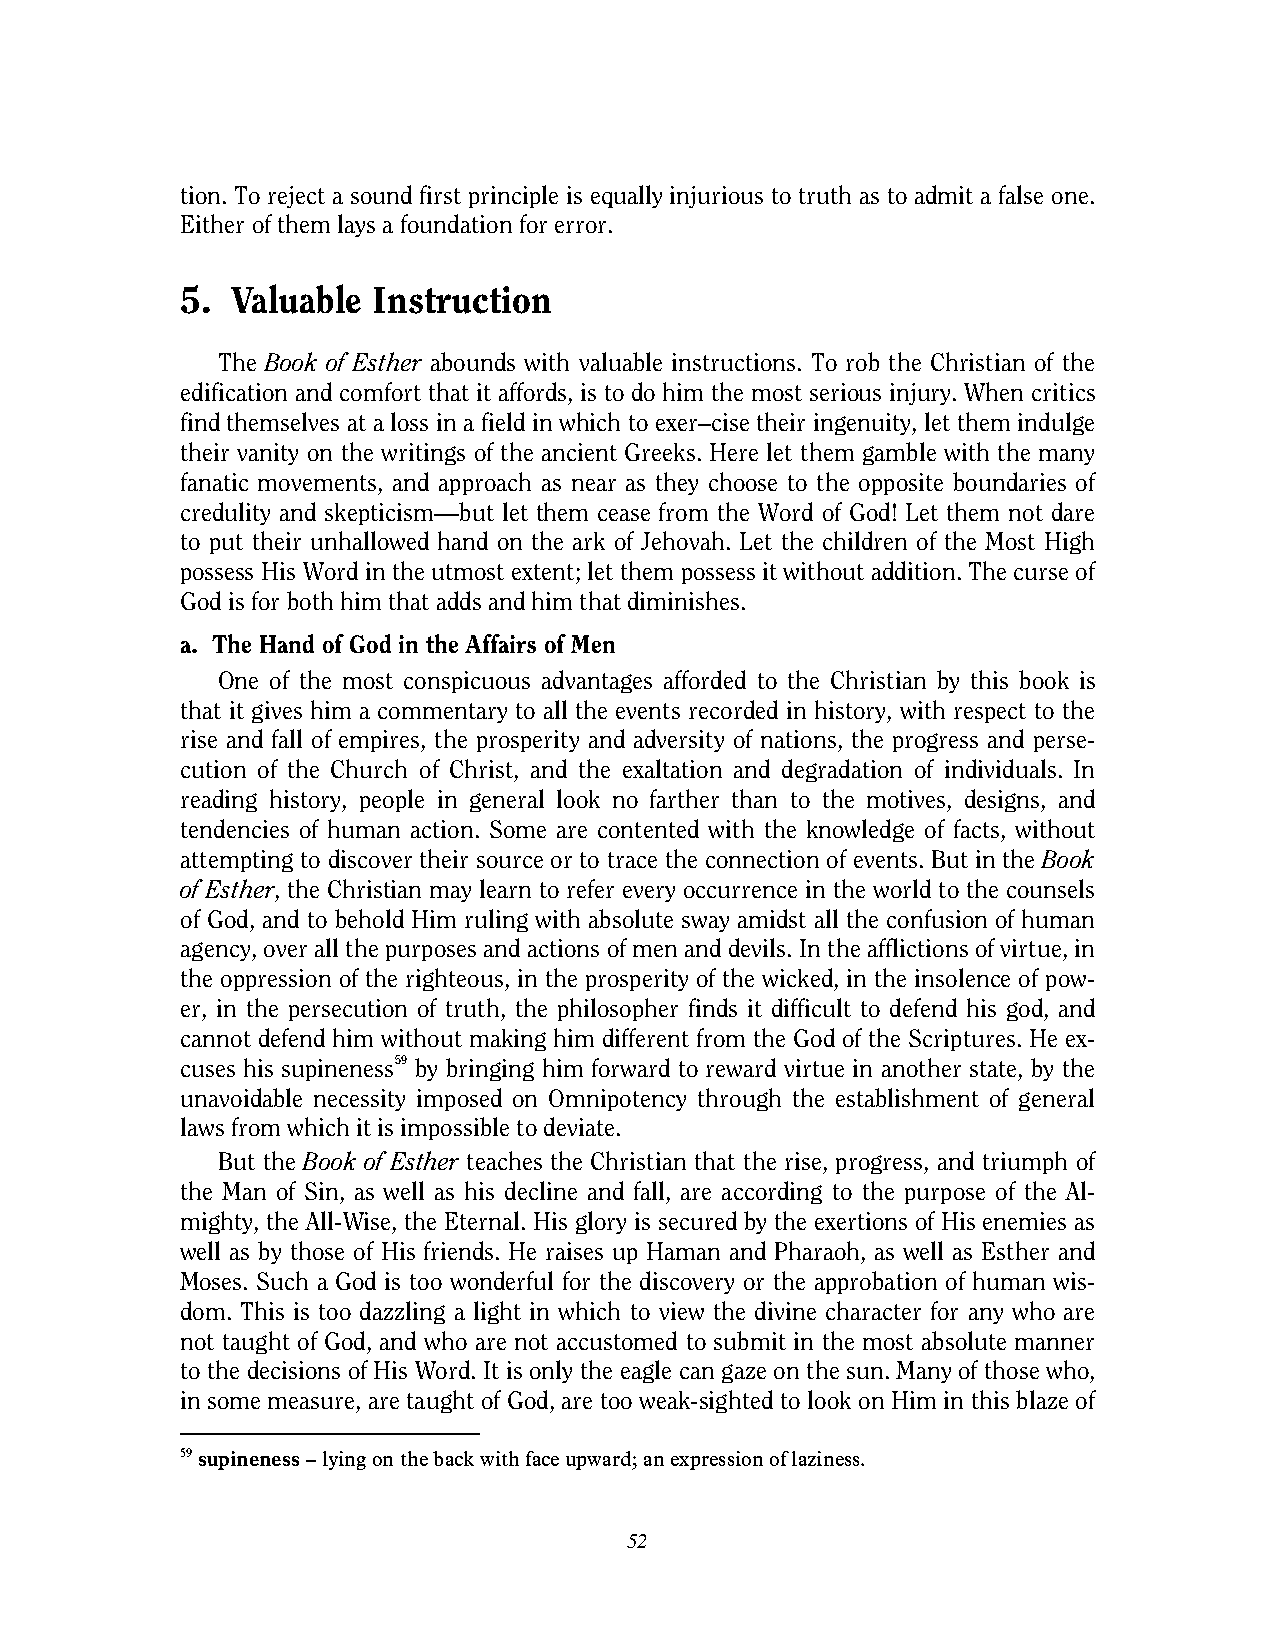
tion. To reject a sound first principle is equally injurious to truth as to admit a false one.
 Either of them lays a foundation for error.
 5. Valuable  Instruction
 The Book of Esther abounds with valuable instructions. To rob the Christian of the
 edification and comfort that it affords, is to do him the most serious injury. When critics
 find themselves at a loss in a field in which to exer–cise their ingenuity, let them indulge
 their vanity on the writings of the ancient Greeks. Here let them gamble with the many
 fanatic movements, and approach as near as they choose to the opposite boundaries of
 credulity and skepticism—but let them cease from the Word of God! Let them not dare
 to put their unhallowed hand on the ark of Jehovah. Let the children of the Most High
 possess His Word in the utmost extent; let them possess it without addition. The curse of
 God is for both him that adds and him that diminishes.
 a. The Hand of God in the Affairs of Men
 One of the most conspicuous advantages afforded to the Christian by this book is
 that it gives him a commentary to all the events recorded in history, with respect to the
 rise and fall of empires, the prosperity and adversity of nations, the progress and perse-
 cution of the Church of Christ, and the exaltation and degradation of individuals. In
 reading history, people in general look no farther than to the motives, designs, and
 tendencies of human action. Some are contented with the knowledge of facts, without
 attempting to discover their source or to trace the connection of events. But in the Book
 of Esther, the Christian may learn to refer every occurrence in the world to the counsels
 of God, and to behold Him ruling with absolute sway amidst all the confusion of human
 agency, over all the purposes and actions of men and devils. In the afflictions of virtue, in
 the oppression of the righteous, in the prosperity of the wicked, in the insolence of pow-
 er, in the persecution of truth, the philosopher finds it difficult to defend his god, and
 cannot defend him without making him different from the God of the Scriptures. He ex-
 cuses his supineness59 by bringing him forward to reward virtue in another state, by the
 unavoidable necessity imposed on Omnipotency through the establishment of general
 laws from which it is impossible to deviate.
 But the Book of Esther teaches the Christian that the rise, progress, and triumph of
 the Man of Sin, as well as his decline and fall, are according to the purpose of the Al-
 mighty, the All-Wise, the Eternal. His glory is secured by the exertions of His enemies as
 well as by those of His friends. He raises up Haman and Pharaoh, as well as Esther and
 Moses. Such a God is too wonderful for the discovery or the approbation of human wis-
 dom. This is too dazzling a light in which to view the divine character for any who are
 not taught of God, and who are not accustomed to submit in the most absolute manner
 to the decisions of His Word. It is only the eagle can gaze on the sun. Many of those who,
 in some measure, are taught of God, are too weak-sighted to look on Him in this blaze of
 59 supineness – lying on the back with face upward; an expression of laziness.
 52